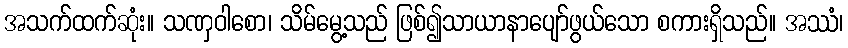
အသက်ထက်ဆုံး။ သဏှဝါစော၊ သိမ်မွေ့သည် ဖြစ်၍သာယာနာပျော်ဖွယ်သော စကားရှိသည်။ အဿံ၊